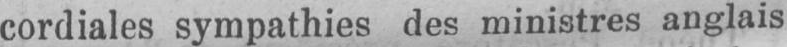
cordiales sympathies des ministres anglais